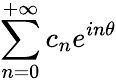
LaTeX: \sum_{n=0}^{+\infty}c_{n}e^{in\theta}